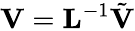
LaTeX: {\mathbf V}={\mathbf L}^{-1}\tilde{\mathbf V}